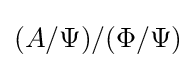
(A/\Psi )/(\Phi /\Psi )